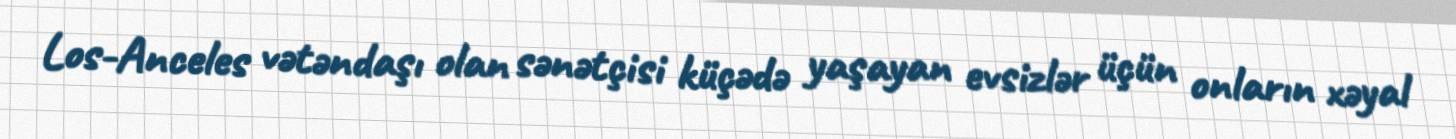
Los-Anceles vətəndaşı olan sənətçisi küçədə yaşayan evsizlər üçün onların xəyal